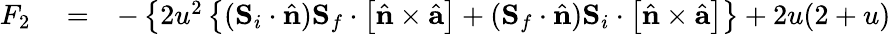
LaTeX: \begin{array}{rlr}{F_{2}}&{{}=}&{-\left\{ 2u^{2}\left\{ ({\mathbf S}_{i}\cdot\hat{\mathbf n}){\mathbf S}_{f}\cdot\left[\hat{\mathbf n}\times\hat{\mathbf a}\right]+({\mathbf S}_{f}\cdot\hat{\mathbf n}){\mathbf S}_{i}\cdot\left[\hat{\mathbf n}\times\hat{\mathbf a}\right]\right\} +2u(2+u)\right.}\end{array}